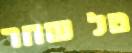
טל שחר